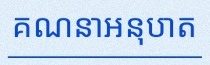
គណនាអនុបាត